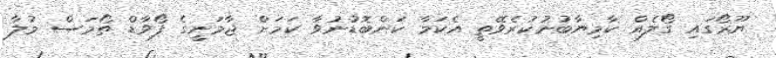
ޔޫރޯގައި ގޯލެއް ކާމިޔާބުނުކުރެވޭތީ އެކަމާ ކަންބޮޑުނުވާ ކަމަށް ޖާމަނީގެ ފޯވާޑް ތޯމަސް މުލާ